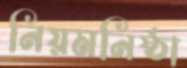
নিয়মনিষ্ঠা